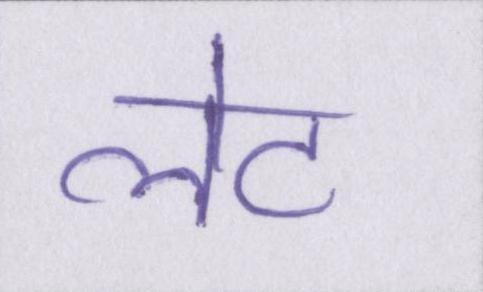
लेट